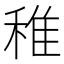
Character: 稚